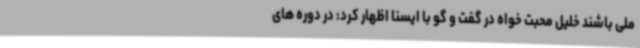
ملی باشند خلیل محبت خواه در گفت و گو با ایسنا اظهار کرد: در دوره های